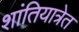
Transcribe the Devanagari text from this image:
शांतियात्रेत